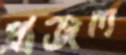
প্রাঞ্জল